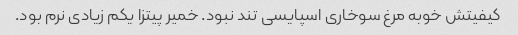
کیفیتش خوبه مرغ سوخاری اسپایسی تند نبود. خمیر پیتزا یکم زیادی نرم بود.